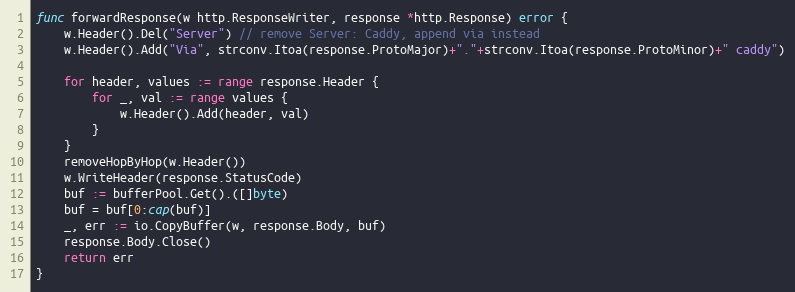
Language: Go
func forwardResponse(w http.ResponseWriter, response *http.Response) error {
	w.Header().Del("Server") // remove Server: Caddy, append via instead
	w.Header().Add("Via", strconv.Itoa(response.ProtoMajor)+"."+strconv.Itoa(response.ProtoMinor)+" caddy")

	for header, values := range response.Header {
		for _, val := range values {
			w.Header().Add(header, val)
		}
	}
	removeHopByHop(w.Header())
	w.WriteHeader(response.StatusCode)
	buf := bufferPool.Get().([]byte)
	buf = buf[0:cap(buf)]
	_, err := io.CopyBuffer(w, response.Body, buf)
	response.Body.Close()
	return err
}